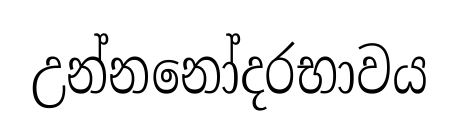
උන්නනෝදරභාවය